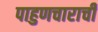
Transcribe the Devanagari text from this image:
पाहुणचाराची